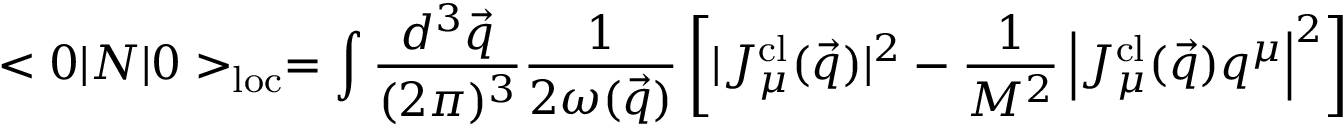
< 0 | N | 0 > _ { \mathrm { l o c } } = \int { \frac { d ^ { 3 } \vec { q } } { ( 2 \pi ) ^ { 3 } } } { \frac { 1 } { 2 \omega ( \vec { q } ) } } \left[ | J _ { \mu } ^ { \mathrm { c l } } ( \vec { q } ) | ^ { 2 } - { \frac { 1 } { M ^ { 2 } } } \left| J _ { \mu } ^ { \mathrm { c l } } ( \vec { q } ) q ^ { \mu } \right| ^ { 2 } \right]